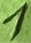
Text: 1